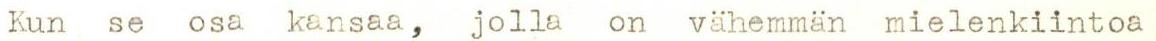
Kun se osa kansaa, jolla on vähemmän mielenkiintoa